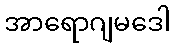
အာရောဂျမဒေါ